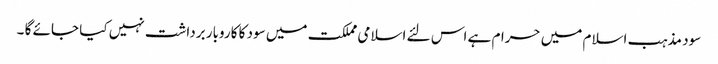
سود مذہب اسلام میں حرام ہے اس لئے اسلامی مملکت میں سود کا کاروبار برداشت نہیں کیا جائے گا ۔